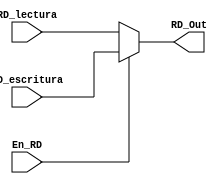
`timescale 1ns / 1ps
//////////////////////////////////////////////////////////////////////////////////
// Company: 
// Engineer: 
// 
// Design Name: 
// Module Name: Mux_RD
// Project Name: 
// Target Devices: 
// Tool Versions: 
// Description: 
// 
// Dependencies: 
// 
// Revision:
// Revision 0.01 - File Created
// Additional Comments:
// 
//////////////////////////////////////////////////////////////////////////////////


module Mux_RD(
    RD_escritura,
    RD_lectura,
    En_RD,
    RD_Out
    
    );
 parameter largo =8;
 input RD_lectura;
 input RD_escritura;
 output RD_Out;
 input En_RD;
 
assign RD_Out = En_RD ? RD_escritura: RD_lectura;
                        
endmodule